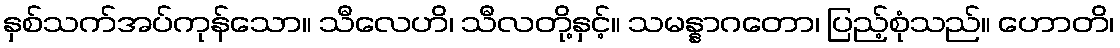
နှစ်သက်အပ်ကုန်သော။ သီလေဟိ၊ သီလတို့နှင့်။ သမန္နာဂတော၊ ပြည့်စုံသည်။ ဟောတိ၊